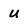
Character: U